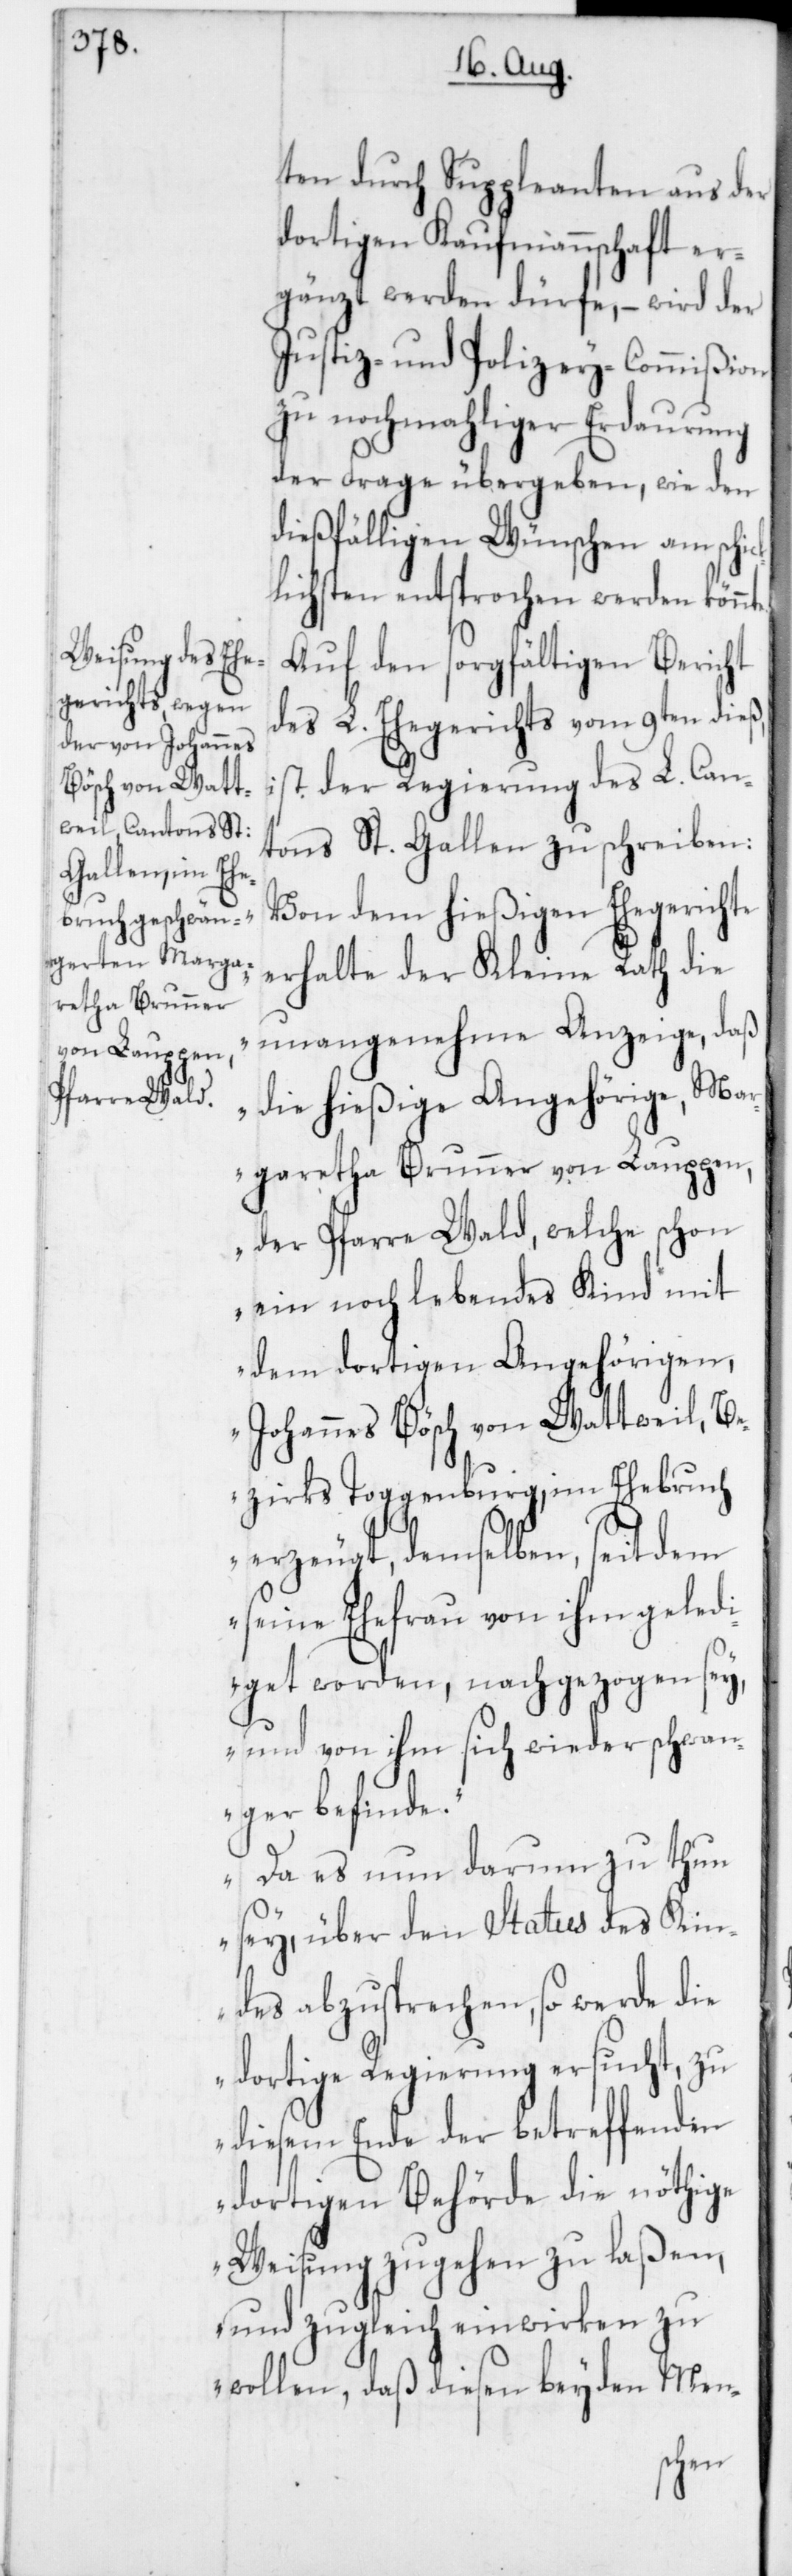
ten durch Suppleanten aus der
dortigen Kaufmannschaft er¬
gänzt werden dürfe, – wird der
Justiz- und Polizey-Commißion
zu nochmahliger Erdaurung
der Frage übergeben, wie den
dießfälligen Wünschen am schic¬
klichsten entsprochen werden kön¬
Auf den sorgfältigen Bericht
des L. Ehegerichts vom 9ten dieß,
ist der Regierung des L. Can¬
tons St. Gallen zu schreiben:
„Von dem hießigen Ehegerichte
erhalte der Kleine Rath die
unangenehme Anzeige, daß
die hießige Angehörige, Mar¬
garetha Brunner von Lauppen
der Pfarre Wald, welche schon
ein noch lebendes Kind mit
dem dortigen Angehörigen,
Johannes Bösch von Wattweil, B¬
ezirks Toggenburg, im Ehebruch
erzeugt, demselben, seitdem
seine Ehefrau von ihm geledi¬
get worden, nachgezogen sey,
und von ihm sich wieder schwan¬
ger befinde.
Da es nun darum zu thun
sey, über den Status des Kin¬
des abzusprechen, so werde die
dortige Regierung ersucht, zu
diesem Ende der betreffenden
dortigen Behörde die nöthige
Weisung zugehen zu laßen,
und zugleich einwirken zu
wollen, daß diesen beyden Men-
nte.